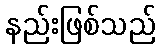
နည်းဖြစ်သည်